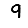
Digit: 9